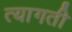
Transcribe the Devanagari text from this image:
त्यागती